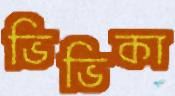
ভিভিকা